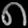
Digit: ၈